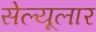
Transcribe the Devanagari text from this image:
सेल्यूलार